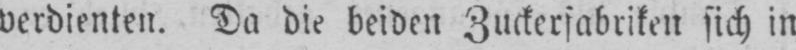
verdienten. Da die beiden Zuckerfabriken sich in